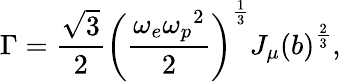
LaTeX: \Gamma=\frac{\sqrt 3}{2}\left(\frac{\omega_{e}{\omega_{p}}^{2}}{2}\right)^{\frac{1}{3}}{J_{\mu}(b)}^{\frac{2}{3}},